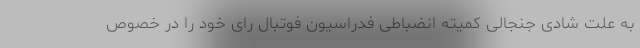
به علت شادی جنجالی کمیته انضباطی فدراسیون فوتبال رای خود را در خصوص